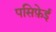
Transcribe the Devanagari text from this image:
पसिफ़ेई